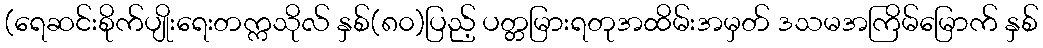
(ရေဆင်းစိုက်ပျိုးရေးတက္ကသိုလ် နှစ်(၈၀)ပြည့် ပတ္တမြားရတုအထိမ်းအမှတ် ဒသမအကြိမ်မြောက် နှစ်